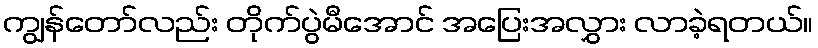
ကျွန်တော်လည်း တိုက်ပွဲမီအောင် အပြေးအလွှား လာခဲ့ရတယ်။